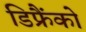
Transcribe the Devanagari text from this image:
डिफ्रैंको